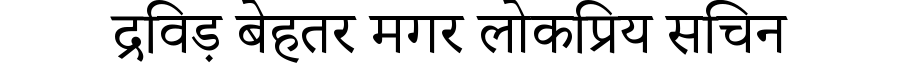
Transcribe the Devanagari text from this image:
द्रविड़ बेहतर मगर लोकप्रिय सचिन